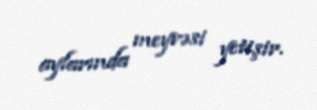
aylarında meyvəsi yetişir.